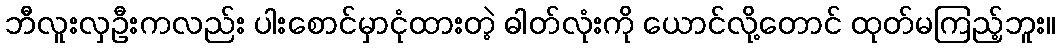
ဘီလူးလှဦးကလည်း ပါးစောင်မှာငုံထားတဲ့ ဓါတ်လုံးကို ယောင်လို့တောင် ထုတ်မကြည့်ဘူး။